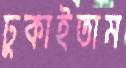
ঢুকাইতাম